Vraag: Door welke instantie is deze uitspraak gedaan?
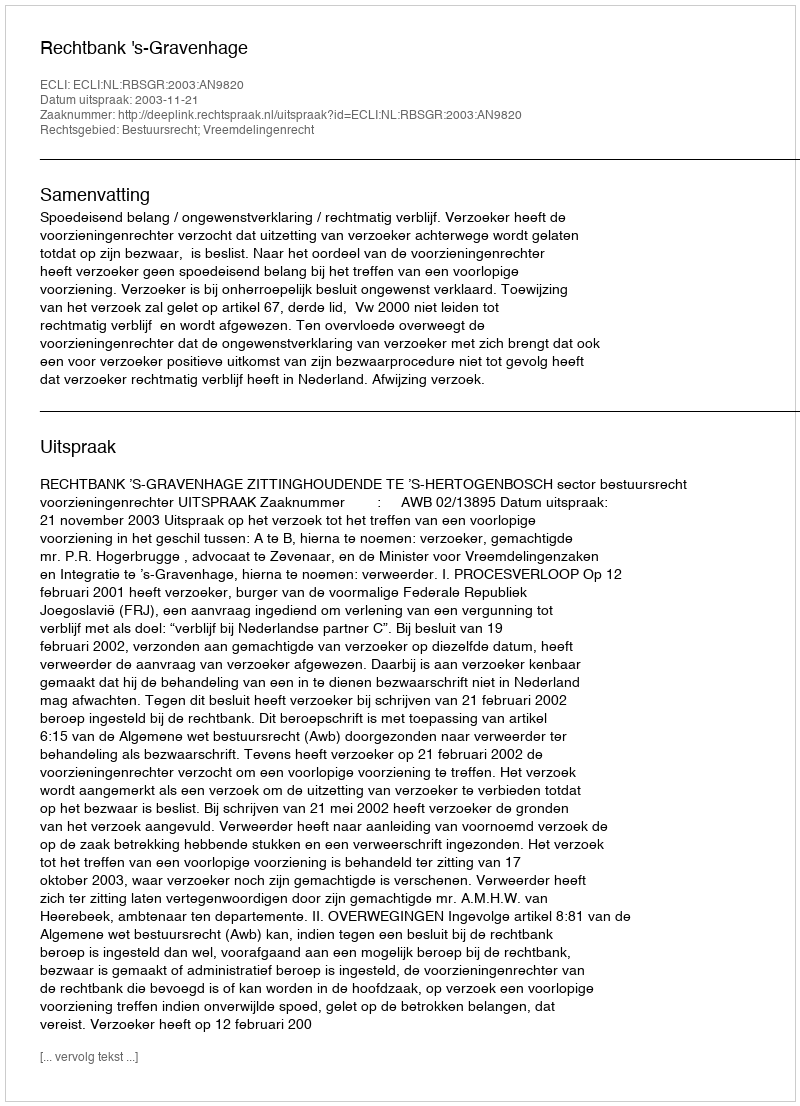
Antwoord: Rechtbank 's-Gravenhage